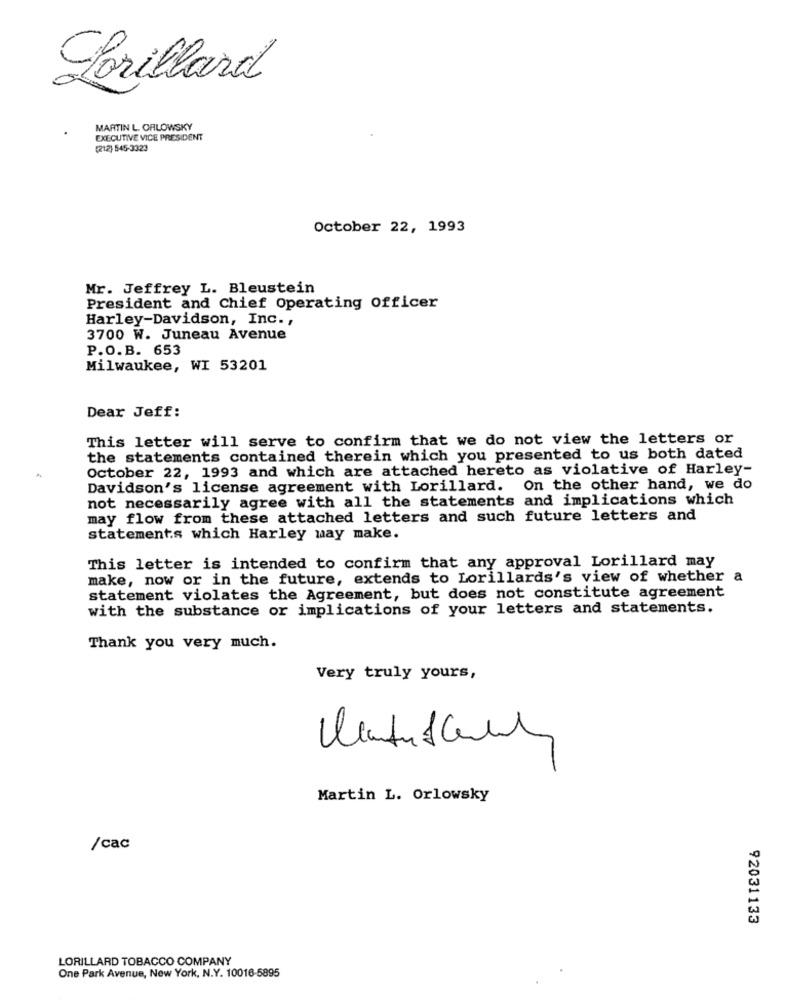
Lorillard
MARTIN L. ORLOWSKY
EXECUTIVE VICE PRESIDENT
(212) 545-3323
October 22, 1993
Mr. Jeffrey L. Bleustein
President and Chief Operating Officer
Harley-Davidson, Inc .,
3700 W. Juneau Avenue
P.O.B. 653
Milwaukee, WI 53201
Dear Jeff:
This letter will serve to confirm that we do not view the letters or
the statements contained therein which you presented to us both dated
October 22, 1993 and which are attached hereto as violative of Harley-
Davidson's license agreement with Lorillard. On the other hand, we do
not necessarily agree with all the statements and implications which
may flow from these attached letters and such future letters and
statements which Harley may make.
This letter is intended to confirm that any approval Lorillard may
make, now or in the future, extends to Lorillards's view of whether a
statement violates the Agreement, but does not constitute agreement
with the substance or implications of your letters and statements.
Thank you very much.
Very truly yours,
Martin L. Orlowsky
/cac
92031133
LORILLARD TOBACCO COMPANY
One Park Avenue, New York, N.Y. 10016-5895